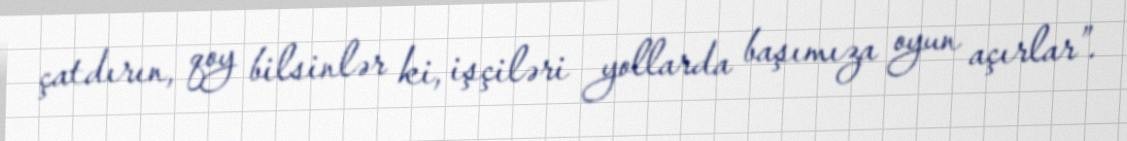
çatdırın, qoy bilsinlər ki, işçiləri yollarda başımıza oyun açırlar”.